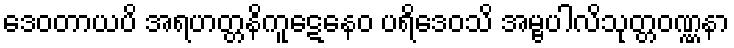
ဒေဝတာယပိ အရဟတ္တနိကူဋေနေဝ ပရိဒေဝသိ အမ္ဗပါလိသုတ္တဝဏ္ဏနာ